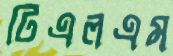
টিএলএম